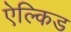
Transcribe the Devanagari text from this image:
ऐल्किड